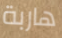
هاربة